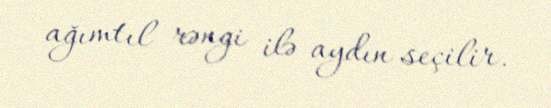
ağımtıl rəngi ilə aydın seçilir.